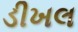
ડીખલ